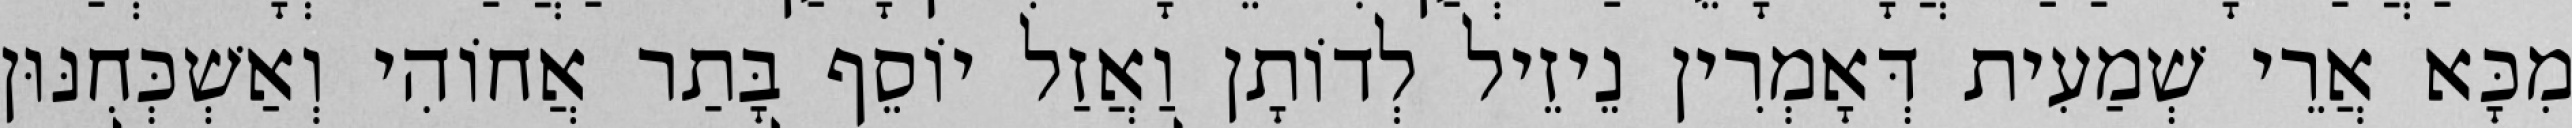
מִכָּא אֲרֵי שְׁמַעִית דְּאָמְרִין נֵיזֵיל לְדוֹתָן וַאֲזַל יוֹסֵף בָּתַר אֲחוֹהִי וְאַשְׁכְּחִנּוּן